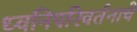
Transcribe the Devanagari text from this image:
ध्वनिपरिवर्तनाचे